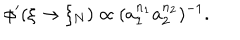
LaTeX: \phi ^ { \prime } ( \xi \rightarrow \xi _ { N } ) \propto ( a _ { 1 } ^ { n _ { 1 } } a _ { 2 } ^ { n _ { 2 } } ) ^ { - 1 } .